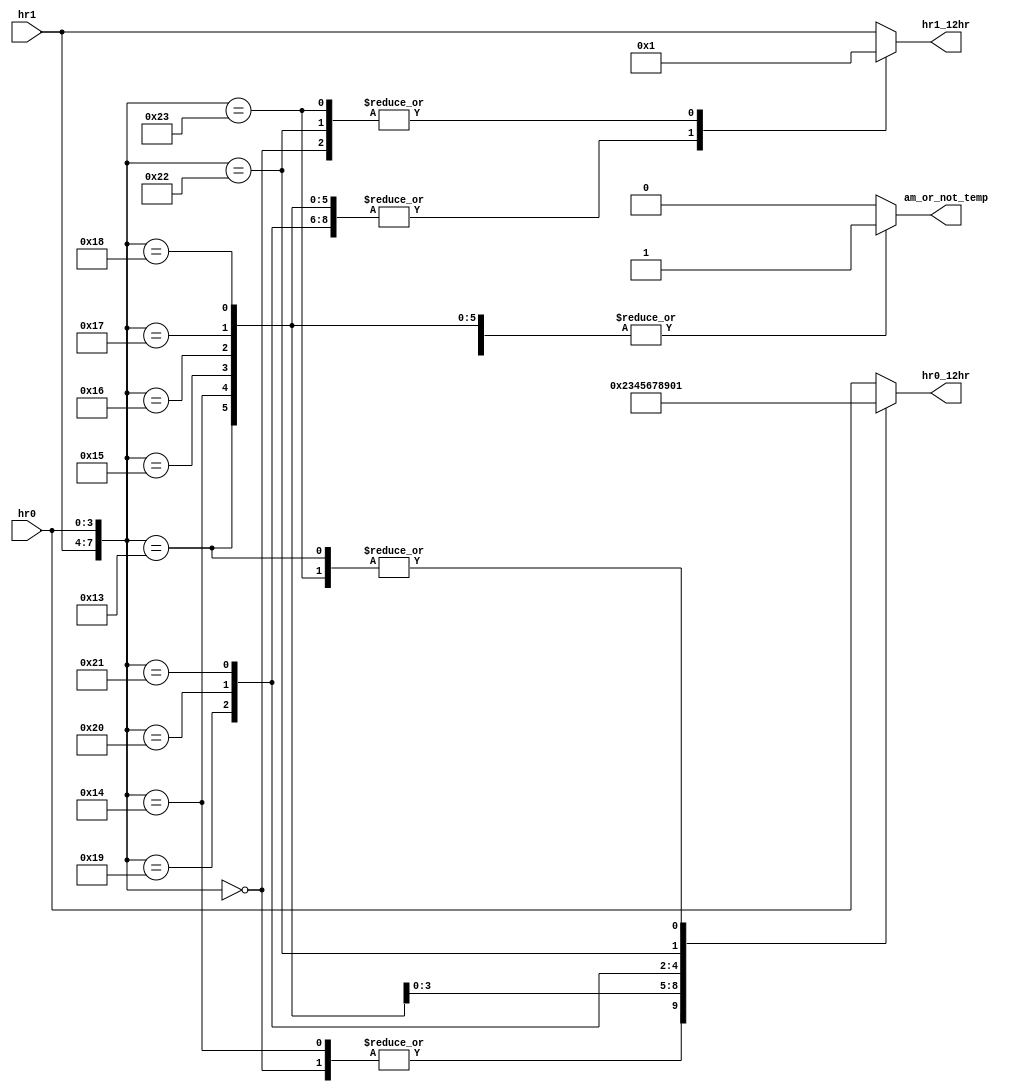
`timescale 1ns / 1ps
//////////////////////////////////////////////////////////////////////////////////
// Company: 
// Engineer: 
// 
// Design Name: 
// Module Name: time_system_converter
// Project Name: 
// Target Devices: 
// Tool Versions: 
// Description: 
// 
// Dependencies: 
// 
// Revision:
// Revision 0.01 - File Created
// Additional Comments:
// 
//////////////////////////////////////////////////////////////////////////////////


module time_system_converter(hr0, hr1, hr0_12hr, hr1_12hr, am_or_not_temp);
    input [3:0] hr0;
    input [3:0] hr1;
    output [3:0] hr0_12hr;
    output [3:0] hr1_12hr;
    output am_or_not_temp;
    
    reg [3:0] hr0_12hr;
    reg [3:0] hr1_12hr;
    reg am_or_not_temp;
    
    reg [7:0] b;
    
    always @* begin
        b = {hr1, hr0};
    end
    
    always @* begin
        case(b)
            8'b0000_0000: begin hr1_12hr = 4'd1; hr0_12hr = 4'd2; am_or_not_temp = 1'b0; end            
            8'b0001_0011: begin hr1_12hr = 4'd0; hr0_12hr = 4'd1; am_or_not_temp = 1'b1; end
            8'b0001_0100: begin hr1_12hr = 4'd0; hr0_12hr = 4'd2; am_or_not_temp = 1'b1; end
            8'b0001_0101: begin hr1_12hr = 4'd0; hr0_12hr = 4'd3; am_or_not_temp = 1'b1; end
            8'b0001_0110: begin hr1_12hr = 4'd0; hr0_12hr = 4'd4; am_or_not_temp = 1'b1; end
            8'b0001_0111: begin hr1_12hr = 4'd0; hr0_12hr = 4'd5; am_or_not_temp = 1'b1; end
            8'b0001_1000: begin hr1_12hr = 4'd0; hr0_12hr = 4'd6; am_or_not_temp = 1'b1; end
            8'b0001_1001: begin hr1_12hr = 4'd0; hr0_12hr = 4'd7; am_or_not_temp = 1'b1; end
            8'b0010_0000: begin hr1_12hr = 4'd0; hr0_12hr = 4'd8; am_or_not_temp = 1'b1; end
            8'b0010_0001: begin hr1_12hr = 4'd0; hr0_12hr = 4'd9; am_or_not_temp = 1'b1; end
            8'b0010_0010: begin hr1_12hr = 4'd1; hr0_12hr = 4'd0; am_or_not_temp = 1'b1; end
            8'b0010_0011: begin hr1_12hr = 4'd1; hr0_12hr = 4'd1; am_or_not_temp = 1'b1; end
            default: begin hr1_12hr = hr1; hr0_12hr = hr0; am_or_not_temp = 1'b0; end
        endcase
    end
endmodule